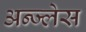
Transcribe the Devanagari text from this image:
अन्ज्लेस